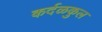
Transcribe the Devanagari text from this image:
कर्दळकुल